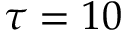
\tau = 1 0